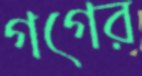
গগের